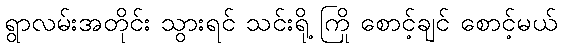
ရွာလမ်းအတိုင်း သွားရင် သင်းရို့ ကြို စောင့်ချင် စောင့်မယ်